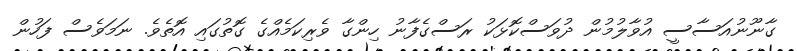
ގާނޫނުއަސާސީ އުވާލުމުން ދުވަސްކޮޅަކު ރަސްގެފާނު ހިންގާ ވެރިކަމެއްގެ ގޮތުގައި އޮތެވެ. ނަމަވެސް ފަހުން